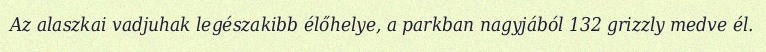
Az alaszkai vadjuhak legészakibb élőhelye, a parkban nagyjából 132 grizzly medve él.